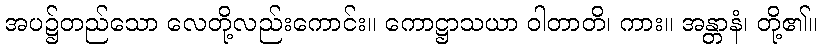
အပ၌တည်သော လေတို့လည်းကောင်း။ ကောဋ္ဌာသယာ ဝါတာတိ၊ ကား။ အန္တာနံ၊ တို့၏။